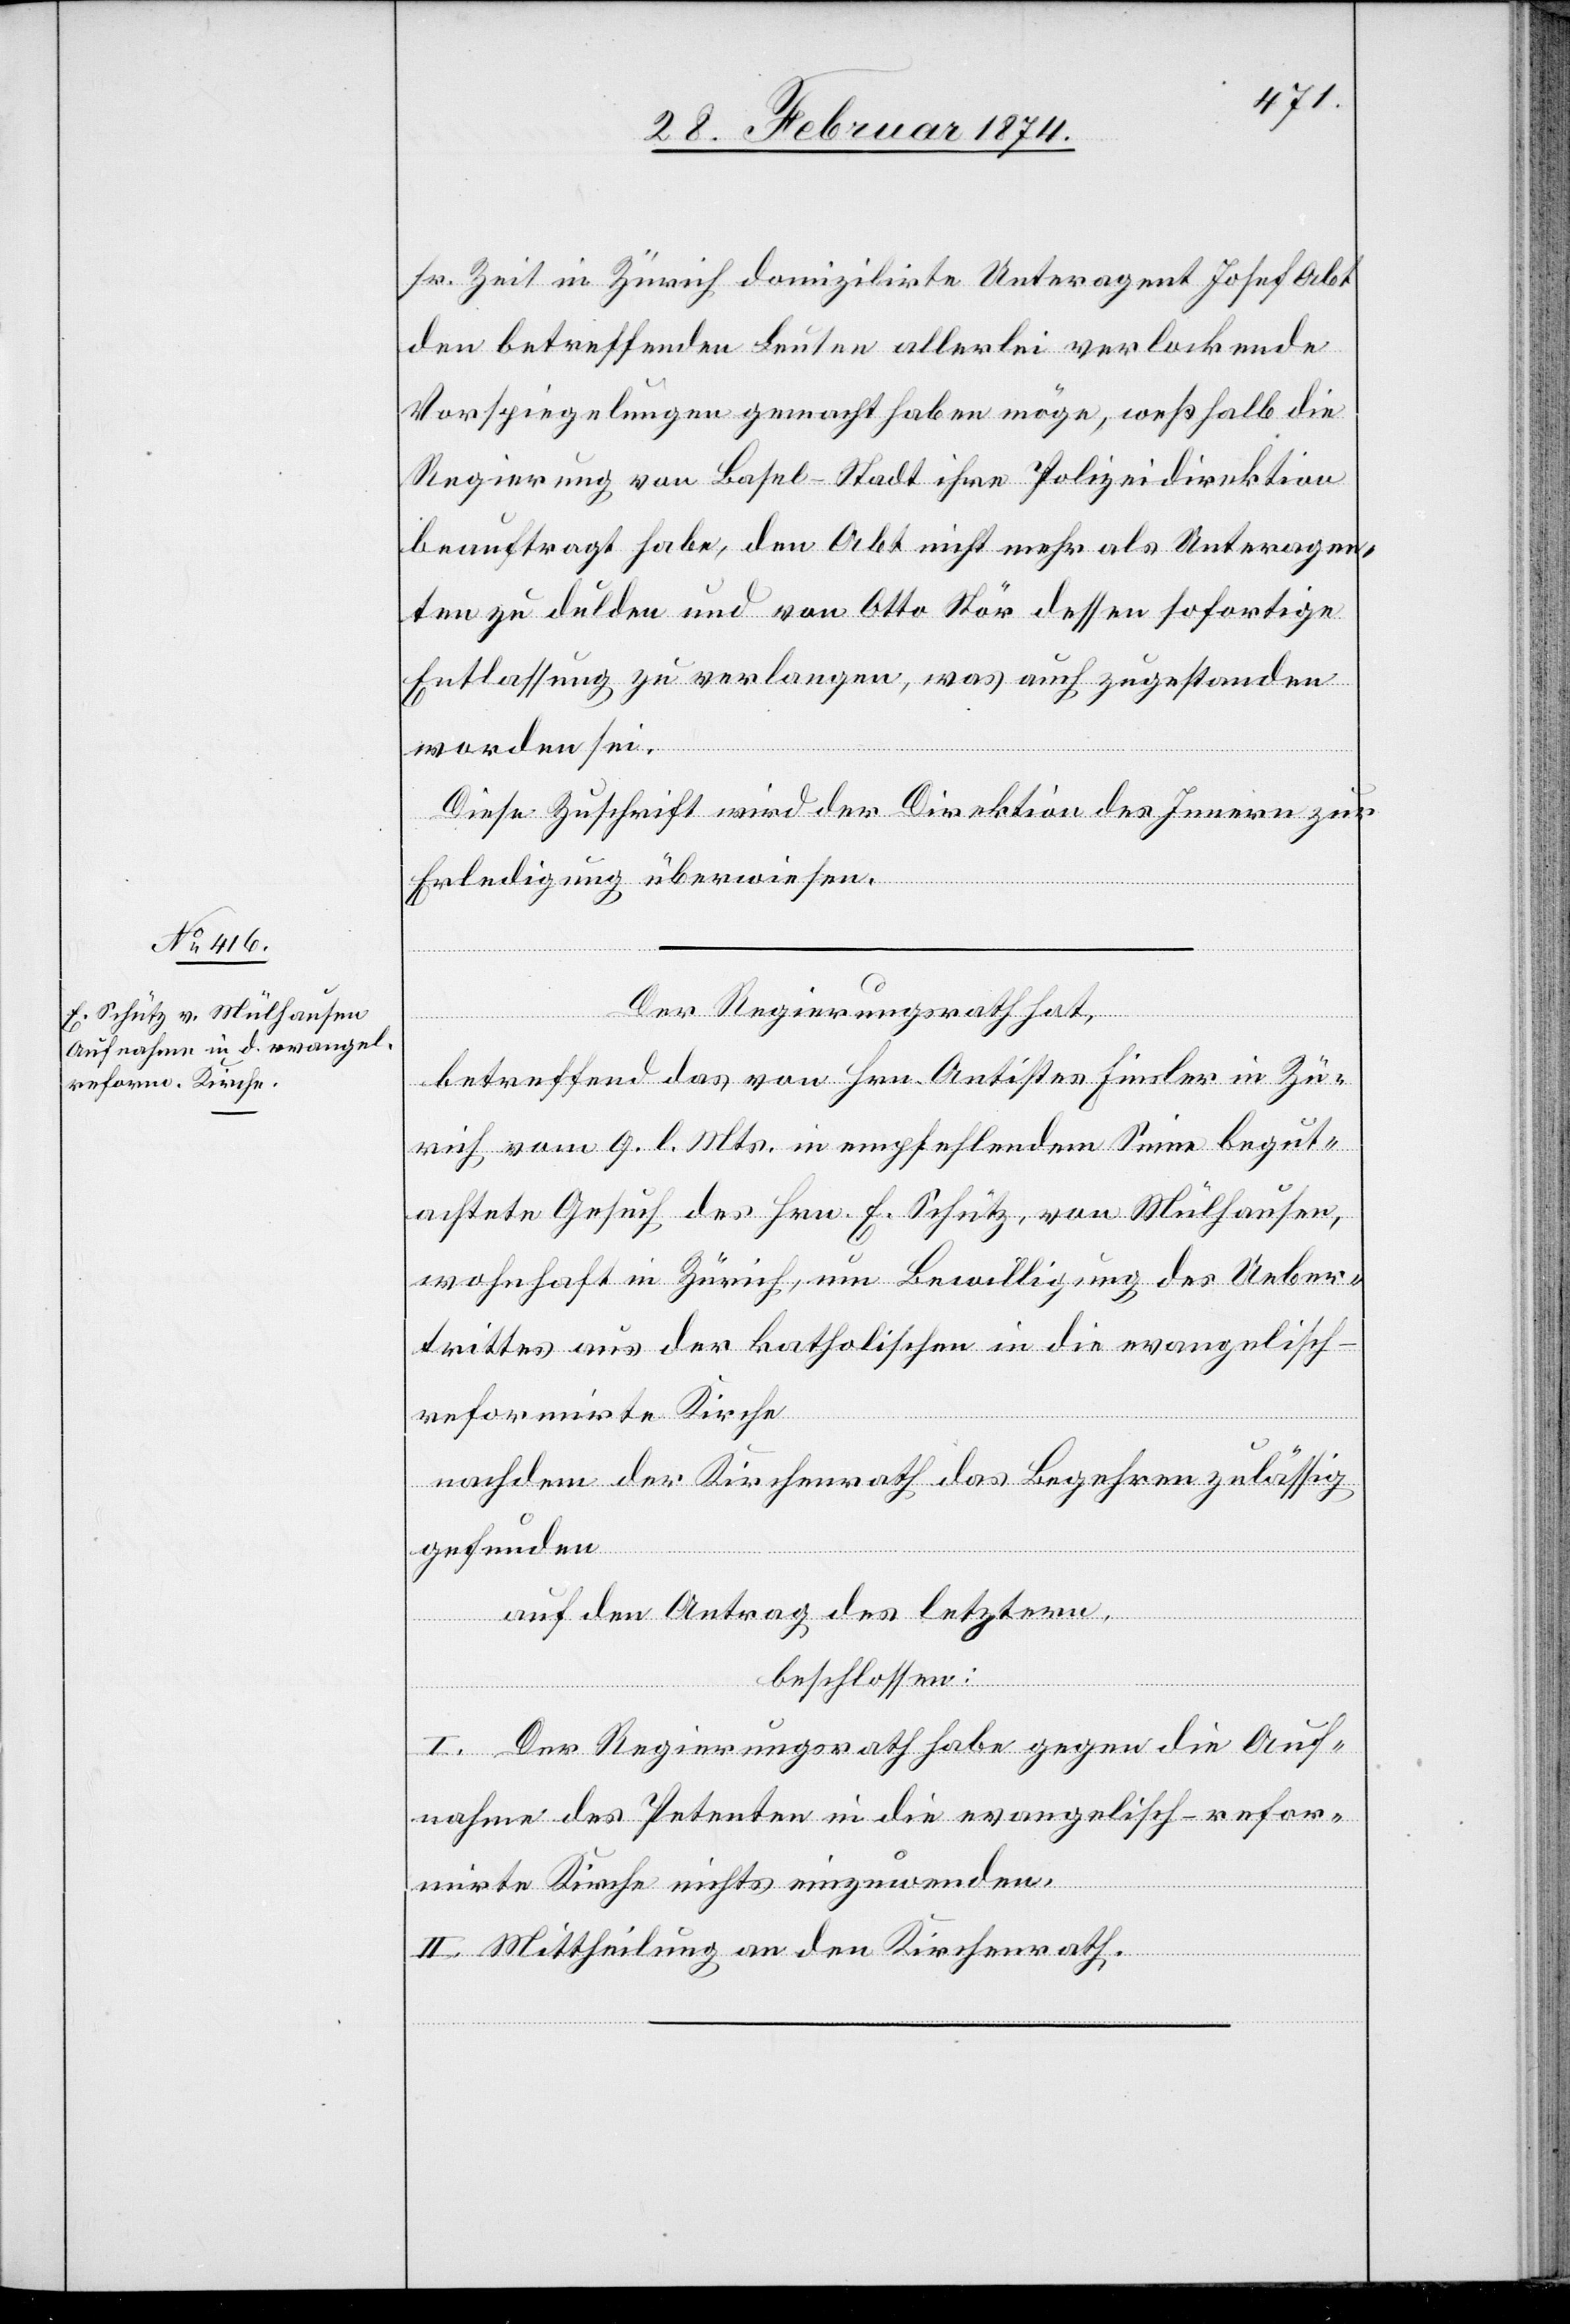
sr. Zeit in Zürich domizilirte Unteragent Josef Abt
den betreffenden Leuten allerlei verlockende
Vorspiegelungen gemacht haben möge, weßhalb die
Regierung von Basel-Stadt ihre Polizeidirektion
beauftragt habe, den Abt nicht mehr als Unteragen¬
ten zu dulden und von Otto Stör dessen sofortige
Entlassung zu verlangen, was auch zugestanden
worden sei.
Diese Zuschrift wird der Direktion des Innern zur
Erledigung überwiesen.
Der Regierungsrath hat,
betreffend das von Hrn. Antistes Finsler in Zü¬
rich vom 9. l. Mts. in empfehlendem Sinne begut¬
achtete Gesuch des Hrn. E. Schütz, von Mülhausen,
wohnhaft in Zürich, um Bewilligung des Ueber¬
trittes aus der katholischen in die evangelisch-r¬
eformirte Kirche
nach dem der Kirchenrath das Begehren zulässig
gefunden,
auf Antrag des letztern,
beschlossen:
I. Der Regierungsrath habe gegen die Auf¬
nahme des Petenten in die evangelische-refor¬
mirte Kirche nichts einzuwenden.
II. Mittheilung an den Kirchenrath.